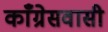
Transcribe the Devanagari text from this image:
काँग्रेसवासी